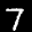
Label: 7